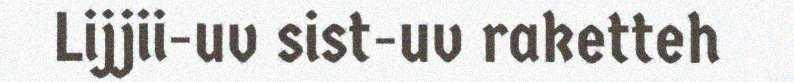
Lijjii-uv sist-uv raketteh